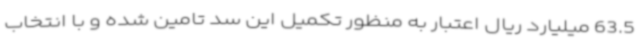
63.5 میلیارد ریال اعتبار به منظور تکمیل این سد تامین شده و با انتخاب